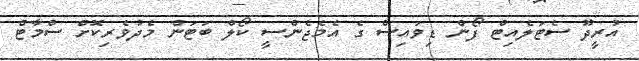
އުރީދޫ ސެޓަލެއިޓް ފޯން ޑިވައިސް ގެ އެމެޖެންސީ ކޯލް ބަޓަން މެދުވެރިކޮށް ސްމާޓް